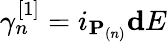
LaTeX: \gamma_{n}^{[1]}=i_{\mathbf{P}_{(n)}}\mathbf{d}E